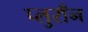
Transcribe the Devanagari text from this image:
प्लुराँन